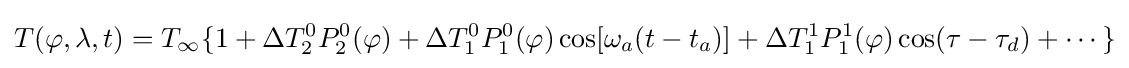
T(\varphi ,\lambda ,t)=T_{\infty }\{1+\Delta T_{2}^{0}P_{2}^{0}(\varphi )+\Delta T_{1}^{0}P_{1}^{0}(\varphi )\cos[\omega _{a}(t-t_{a})]+\Delta T_{1}^{1}P_{1}^{1}(\varphi )\cos(\tau -\tau _{d})+\cdots \}